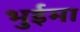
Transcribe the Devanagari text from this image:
भुईमा